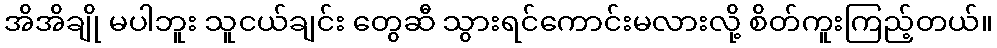
အိအိချို မပါဘူး သူငယ်ချင်း တွေဆီ သွားရင်ကောင်းမလားလို့ စိတ်ကူးကြည့်တယ်။